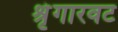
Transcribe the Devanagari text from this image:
श्रृंगारवट